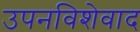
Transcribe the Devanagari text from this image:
उपनविशेवाद